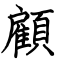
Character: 顧